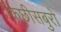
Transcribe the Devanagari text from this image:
किछीसबुरो